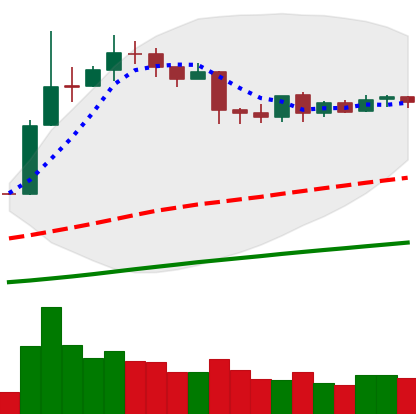
Ticker: LTC-USD
Chart end date: 2019-04-20
Forward return: -12.592%
Label: down_7plus